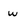
Character: w